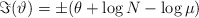
\begin{align*}\Im(\vartheta)= \pm(\theta+\log N-\log\mu)\end{align*}